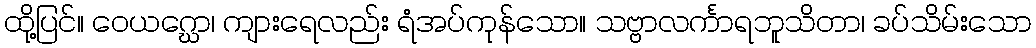
ထို့ပြင်။ ဝေယဂ္ဃော၊ ကျားရေလည်း ရံအပ်ကုန်သော။ သဗ္ဗာလင်္ကာရဘူသိတာ၊ ခပ်သိမ်းသော